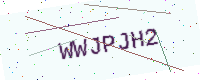
Text: WWJPJH2